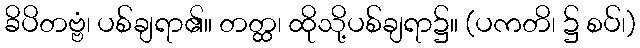
ခိပိတဗ္ဗံ၊ ပစ်ချရာ၏။ တတ္ထ၊ ထိုသို့ပစ်ချရာ၌။ (ပကတိ၊ ၌ စပ်၊)